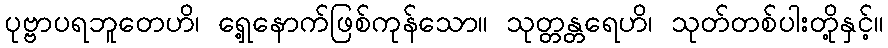
ပုဗ္ဗာပရဘူတေဟိ၊ ရှေ့နောက်ဖြစ်ကုန်သော။ သုတ္တန္တရေဟိ၊ သုတ်တစ်ပါးတို့နှင့်။